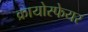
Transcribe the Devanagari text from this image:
क्रायोस्फेयर